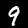
Digit: 9